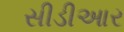
સીડીઆર